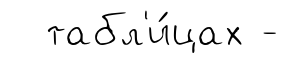
табл'и́цах -